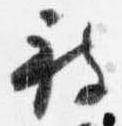
被